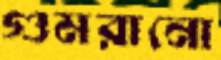
গুমরানো